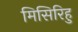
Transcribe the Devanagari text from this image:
मिसिरिहु